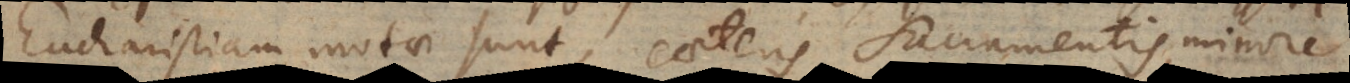
Eucharistiam motae sunt, caeteris Sacramentis minore